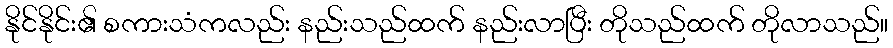
နိုင်နိုင်း၏ စကားသံကလည်း နည်းသည်ထက် နည်းလာပြီး တိုသည်ထက် တိုလာသည်။